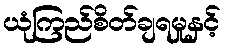
ယုံကြည်စိတ်ချရမှုနှင့်